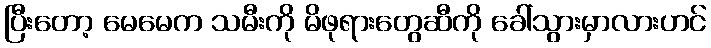
ပြီးတော့ မေမေက သမီးကို မိဖုရားတွေဆီကို ခေါ်သွားမှာလားဟင်